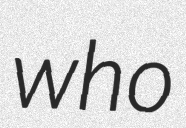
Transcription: who